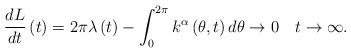
LaTeX: \begin{align*}\frac{dL}{dt}\left( t\right) =2\pi\lambda\left( t\right) -\int_{0}^{2\pi}k^{\alpha}\left( \theta,t\right) d\theta\rightarrow0\ \ \ t\rightarrow\infty. \end{align*}